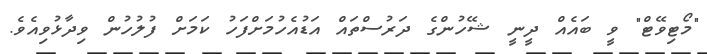
"މޯޓިވޭޓް" ވީ ބައެއް ދީނީ ޝޭހުންގެ ދަރުސްތައް އަޑުއެހުމަށްފަހު ކަމަށް ފުލުހުން ވިދާޅުވިއެވެ.